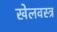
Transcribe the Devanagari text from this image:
खेलवस्त्र